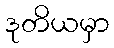
ဒုတိယမှာ